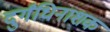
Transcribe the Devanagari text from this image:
दुर्गंधिनाशक